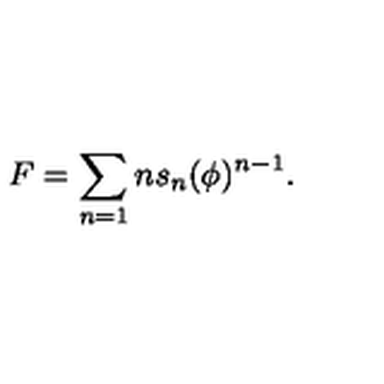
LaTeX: F = \sum _ { n = 1 } n s _ { n } ( \phi ) ^ { n - 1 } .